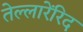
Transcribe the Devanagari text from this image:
तेल्लारेंरिद